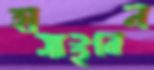
হাসাইবেন